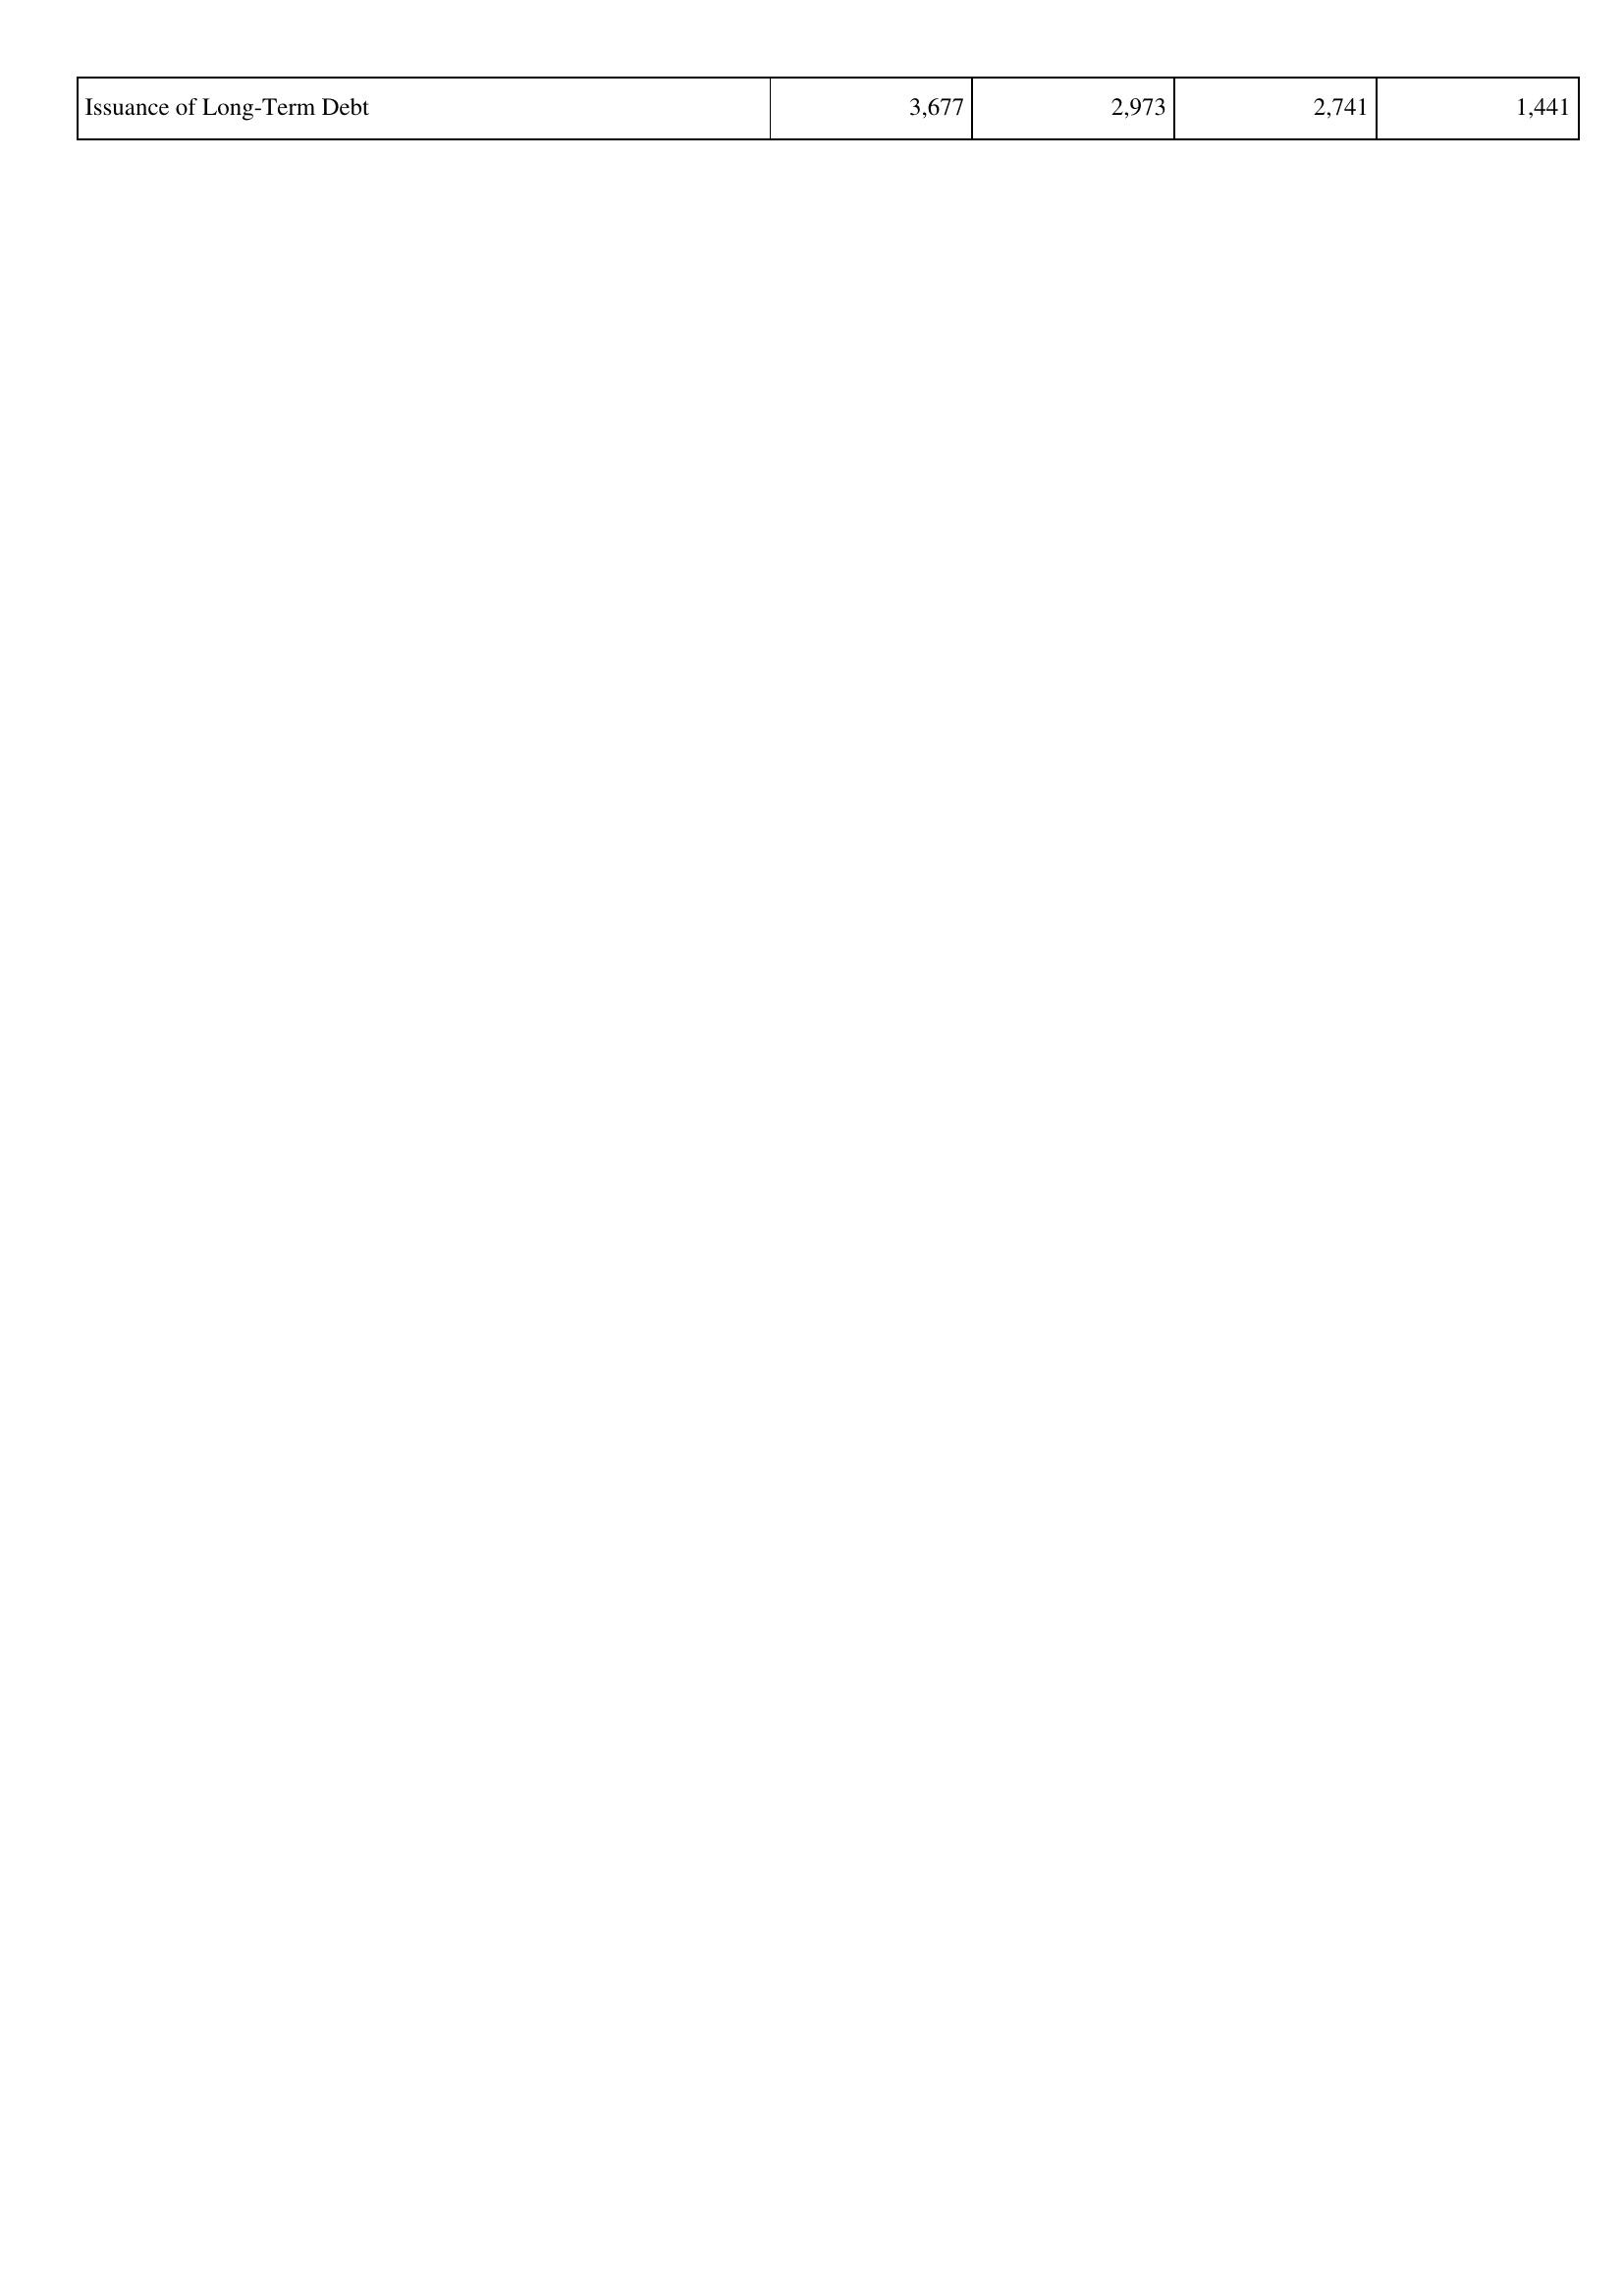
2009: Financing Activities: Issuance of Long-Term Debt: 3,677
2010: Financing Activities: Issuance of Long-Term Debt: 2,973
2011: Financing Activities: Issuance of Long-Term Debt: 2,741
2012: Financing Activities: Issuance of Long-Term Debt: 1,441